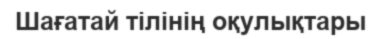
Шағатай тілінің оқулықтары